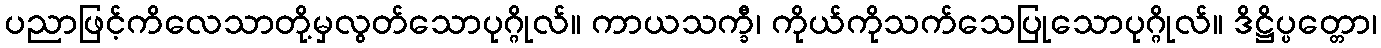
ပညာဖြင့်ကိလေသာတို့မှလွတ်သောပုဂ္ဂိုလ်။ ကာယသက္ခီ၊ ကိုယ်ကိုသက်သေပြုသောပုဂ္ဂိုလ်။ ဒိဋ္ဌိပ္ပတ္တော၊